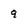
Character: q